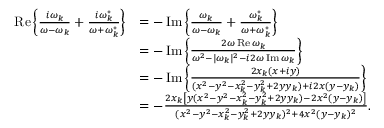
\begin{array} { r l } { \operatorname { R e } \left\{ \frac { i \omega _ { k } } { \omega - \omega _ { k } } + \frac { i \omega _ { k } ^ { * } } { \omega + \omega _ { k } ^ { * } } \right\} } & { = - \operatorname { I m } \left\{ \frac { \omega _ { k } } { \omega - \omega _ { k } } + \frac { \omega _ { k } ^ { * } } { \omega + \omega _ { k } ^ { * } } \right\} } \\ & { = - \operatorname { I m } \left\{ \frac { 2 \omega \operatorname { R e } \omega _ { k } } { \omega ^ { 2 } - | \omega _ { k } | ^ { 2 } - i 2 \omega \operatorname { I m } \omega _ { k } } \right\} } \\ & { = - \operatorname { I m } \left\{ \frac { 2 x _ { k } ( x + i y ) } { ( x ^ { 2 } - y ^ { 2 } - x _ { k } ^ { 2 } - y _ { k } ^ { 2 } + 2 y y _ { k } ) + i 2 x ( y - y _ { k } ) } \right\} } \\ & { = - \frac { 2 x _ { k } \left[ y ( x ^ { 2 } - y ^ { 2 } - x _ { k } ^ { 2 } - y _ { k } ^ { 2 } + 2 y y _ { k } ) - 2 x ^ { 2 } ( y - y _ { k } ) \right] } { ( x ^ { 2 } - y ^ { 2 } - x _ { k } ^ { 2 } - y _ { k } ^ { 2 } + 2 y y _ { k } ) ^ { 2 } + 4 x ^ { 2 } ( y - y _ { k } ) ^ { 2 } } . } \end{array}